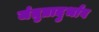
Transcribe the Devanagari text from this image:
जंतुप्रादुर्भाव